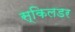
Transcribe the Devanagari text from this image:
स्किलडर